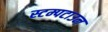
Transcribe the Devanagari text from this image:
स्टम्पटाउन